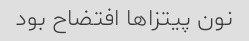
نون پیتزا‌ها افتضاح بود